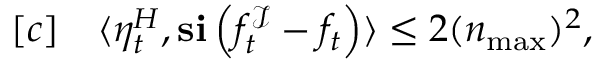
\begin{array} { r l } { [ c ] } & { { } \langle \eta _ { t } ^ { H } , \mathbf { s } \mathbf { i } \left( f _ { t } ^ { \mathcal { I } } - f _ { t } \right) \rangle \leq 2 ( n _ { \operatorname* { m a x } } ) ^ { 2 } , } \end{array}